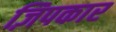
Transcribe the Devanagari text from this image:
ज़िपकार